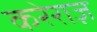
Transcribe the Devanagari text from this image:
करेराज़